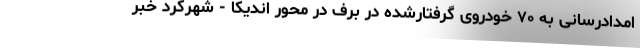
امدادرسانی به ۷۰ خودروی گرفتارشده در برف در محور اندیکا - شهرکرد خبر